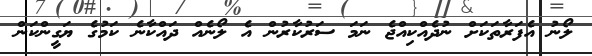
ލޯނު އެފަރާތަކަށް ނުދެއްކިއްޖެ ނަމަ ސަރުކާރުން އެ ލޯނެއް ދައްކާނެ ކަމުގެ ޔަގީންކަން